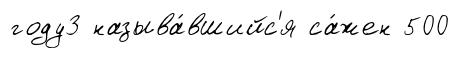
году3 называ́вшийс'я са́жен 500